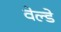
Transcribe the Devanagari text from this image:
वेल्डे